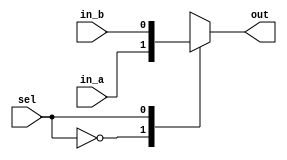
/*
 *	Copyright (C) 2011  Kiel Friedt
 *
 *    This program is free software: you can redistribute it and/or modify
 *    it under the terms of the GNU General Public License as published by
 *    the Free Software Foundation, either version 3 of the License, or
 *    (at your option) any later version.
 *
 *    This program is distributed in the hope that it will be useful,
 *    but WITHOUT ANY WARRANTY; without even the implied warranty of
 *    MERCHANTABILITY or FITNESS FOR A PARTICULAR PURPOSE.  See the
 *    GNU General Public License for more details.
 *
 *    You should have received a copy of the GNU General Public License
 *    along with this program.  If not, see <http://www.gnu.org/licenses/>.
 */
 //authors Kiel Friedt, Kevin McIntosh,Cody DeHaan
 module mux (in_a, in_b, sel, out);
	input in_a, in_b, sel;
	output out; 

	reg out;

	always @(in_a or in_b or sel)
	begin
		case(sel)
		1'b0: out = in_a;
		1'b1: out = in_b;
		endcase
	end
endmodule